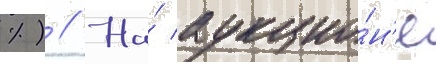
%) // На́ аукцио́н'е